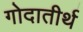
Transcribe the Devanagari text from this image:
गोदातीर्थ